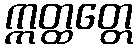
ဣတ္ထတ္တေ